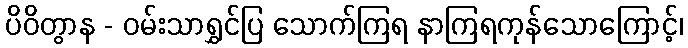
ပိဝိတွာန - ဝမ်းသာရွှင်ပြ သောက်ကြရ နာကြရကုန်သောကြောင့်၊